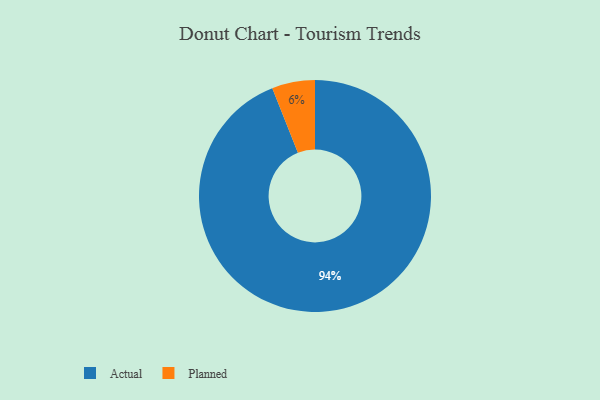
{"axis": {"x": "Category", "y": "Percentage"}, "legend": ["Actual", "Planned"], "data": [{"x": "Actual", "y": 94, "type": "Actual"}, {"x": "Planned", "y": 6, "type": "Planned"}]}